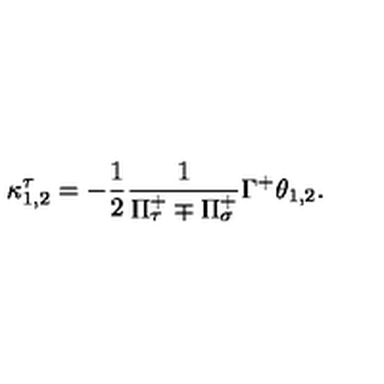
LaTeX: \kappa _ { 1 , 2 } ^ { \tau } = - \frac { 1 } { 2 } \frac { 1 } { \Pi _ { \tau } ^ { + } \mp \Pi _ { \sigma } ^ { + } } \Gamma ^ { + } \theta _ { 1 , 2 } .